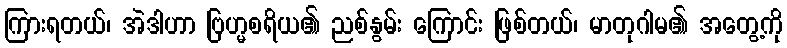
ကြားရတယ်၊ အဲဒါဟာ ဗြဟ္မစရိယ၏ ညစ်နွမ်း ကြောင်း ဖြစ်တယ်၊ မာတုဂါမ၏ အတွေ့ကို